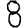
Digit: 8